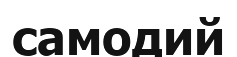
самодий